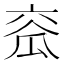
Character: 𤫹